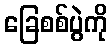
ခြေစစ်ပွဲကို